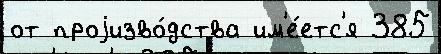
от проjизво́дства им'е́етс'я 385